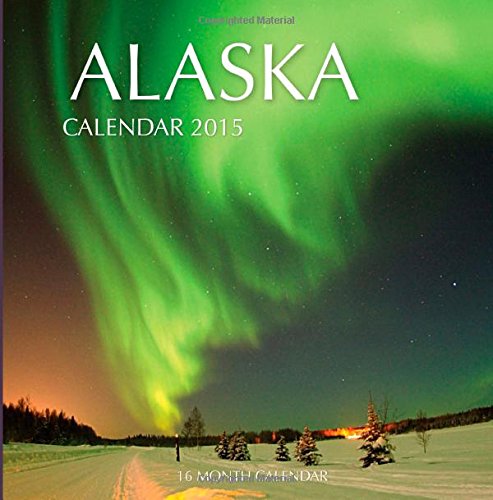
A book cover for Alaska Calendar 2015: 16 Month Calendar; Sam Hub; Calendars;